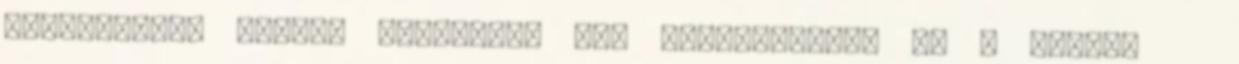
rendelkezdő sortok ugyancsak ide sorolhatóak. Ha a felsőd